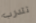
تتدرب